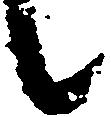
候